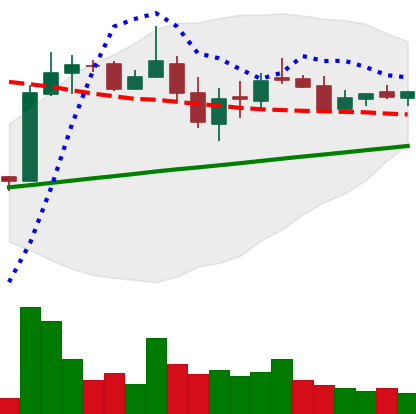
Ticker: LTC-USD
Chart end date: 2018-03-04
Forward return: -12.456%
Label: down_7plus